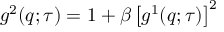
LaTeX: g ^ { 2 } ( q ; \tau ) = 1 + \beta \left[ g ^ { 1 } ( q ; \tau ) \right] ^ { 2 }